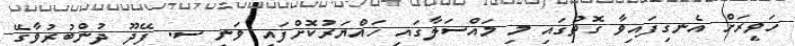
ހަވީރަށް އެނގިފައިވާ ގޮތުގައި މި މައްސަލާގައި ހައްޔަރުކޮށްފައި ވަނީ ސ. ފޭދޫ ދުންބުރުވާގޭ